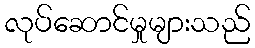
လုပ်ဆောင်မှုများသည်